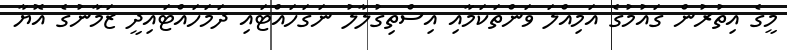
މީގެ އިތުރުން ގައުމުގެ އަމިއްލަ ވަންތަކަމާއި އިސްތިގުލާލު ނަގަހައްޓައި ދަމަހައްޓައިދީ ޒަމާނުގެ އޮޔާ